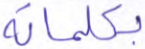
بكلماته